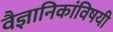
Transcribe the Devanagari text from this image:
वैज्ञानिकांविषयी